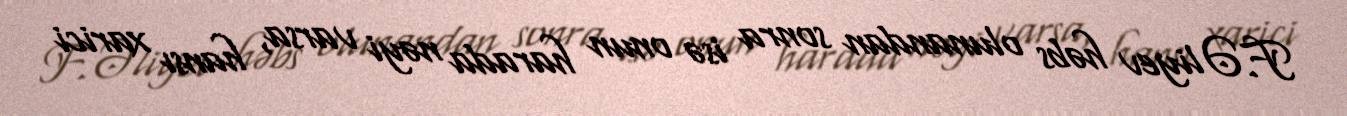
F.Əliyev həbs olunandan sonra isə onun harada nəyi varsa, hansı xarici